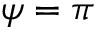
\psi = \pi